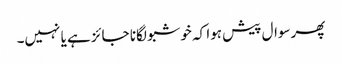
پھرسوال پیش ہوا کہ خوشبو لگانا جائز ہے یا نہیں۔